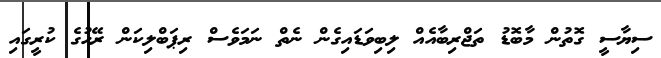
ސިޔާސީ ގޮތުން މާބޮޑު ތަޖްރިބާއެއް ލިބިވަޑައިގެން ނެތް ނަމަވެސް ރިޕަބްލިކަން ރޭހުގެ ކުރީގައި